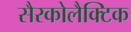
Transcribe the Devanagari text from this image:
सैरकोलैक्टिक